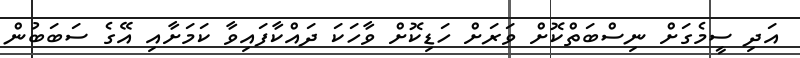
އަދި ސީމެގަށް ނިސްބަތްކޮށް ވަރަށް ހަޑިކޮށް ވާހަކަ ދައްކާފައިވާ ކަމަށާއި އޭގެ ސަބަބުން